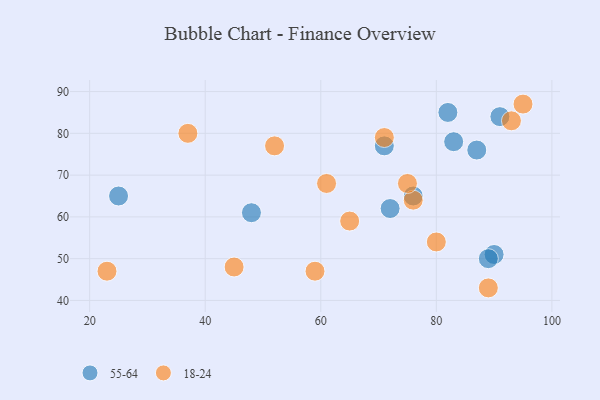
{"axis": {"x": "GDP", "y": "Life Expectancy"}, "legend": ["18-24", "55-64"], "data": [{"x": "90", "y": 51, "type": "55-64"}, {"x": "48", "y": 61, "type": "55-64"}, {"x": "91", "y": 84, "type": "55-64"}, {"x": "87", "y": 76, "type": "55-64"}, {"x": "71", "y": 77, "type": "55-64"}, {"x": "72", "y": 62, "type": "55-64"}, {"x": "89", "y": 50, "type": "55-64"}, {"x": "76", "y": 65, "type": "55-64"}, {"x": "83", "y": 78, "type": "55-64"}, {"x": "25", "y": 65, "type": "55-64"}, {"x": "82", "y": 85, "type": "55-64"}, {"x": "93", "y": 83, "type": "18-24"}, {"x": "89", "y": 43, "type": "18-24"}, {"x": "76", "y": 64, "type": "18-24"}, {"x": "71", "y": 79, "type": "18-24"}, {"x": "65", "y": 59, "type": "18-24"}, {"x": "45", "y": 48, "type": "18-24"}, {"x": "52", "y": 77, "type": "18-24"}, {"x": "75", "y": 68, "type": "18-24"}, {"x": "37", "y": 80, "type": "18-24"}, {"x": "95", "y": 87, "type": "18-24"}, {"x": "23", "y": 47, "type": "18-24"}, {"x": "59", "y": 47, "type": "18-24"}, {"x": "61", "y": 68, "type": "18-24"}, {"x": "80", "y": 54, "type": "18-24"}]}